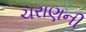
ચરાણની